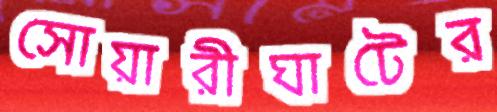
সোয়ারীঘাটের